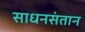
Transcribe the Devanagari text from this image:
साधनसंतान